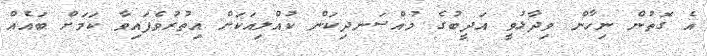
އެ ގޮތުން ނިހާން ވިދާޅުވީ އަދީބުގެ މުއްސަނދިކަން ކުއްލިއަކަށް އިތުރުވެފައިވާ ކަމަށް ބައެއް